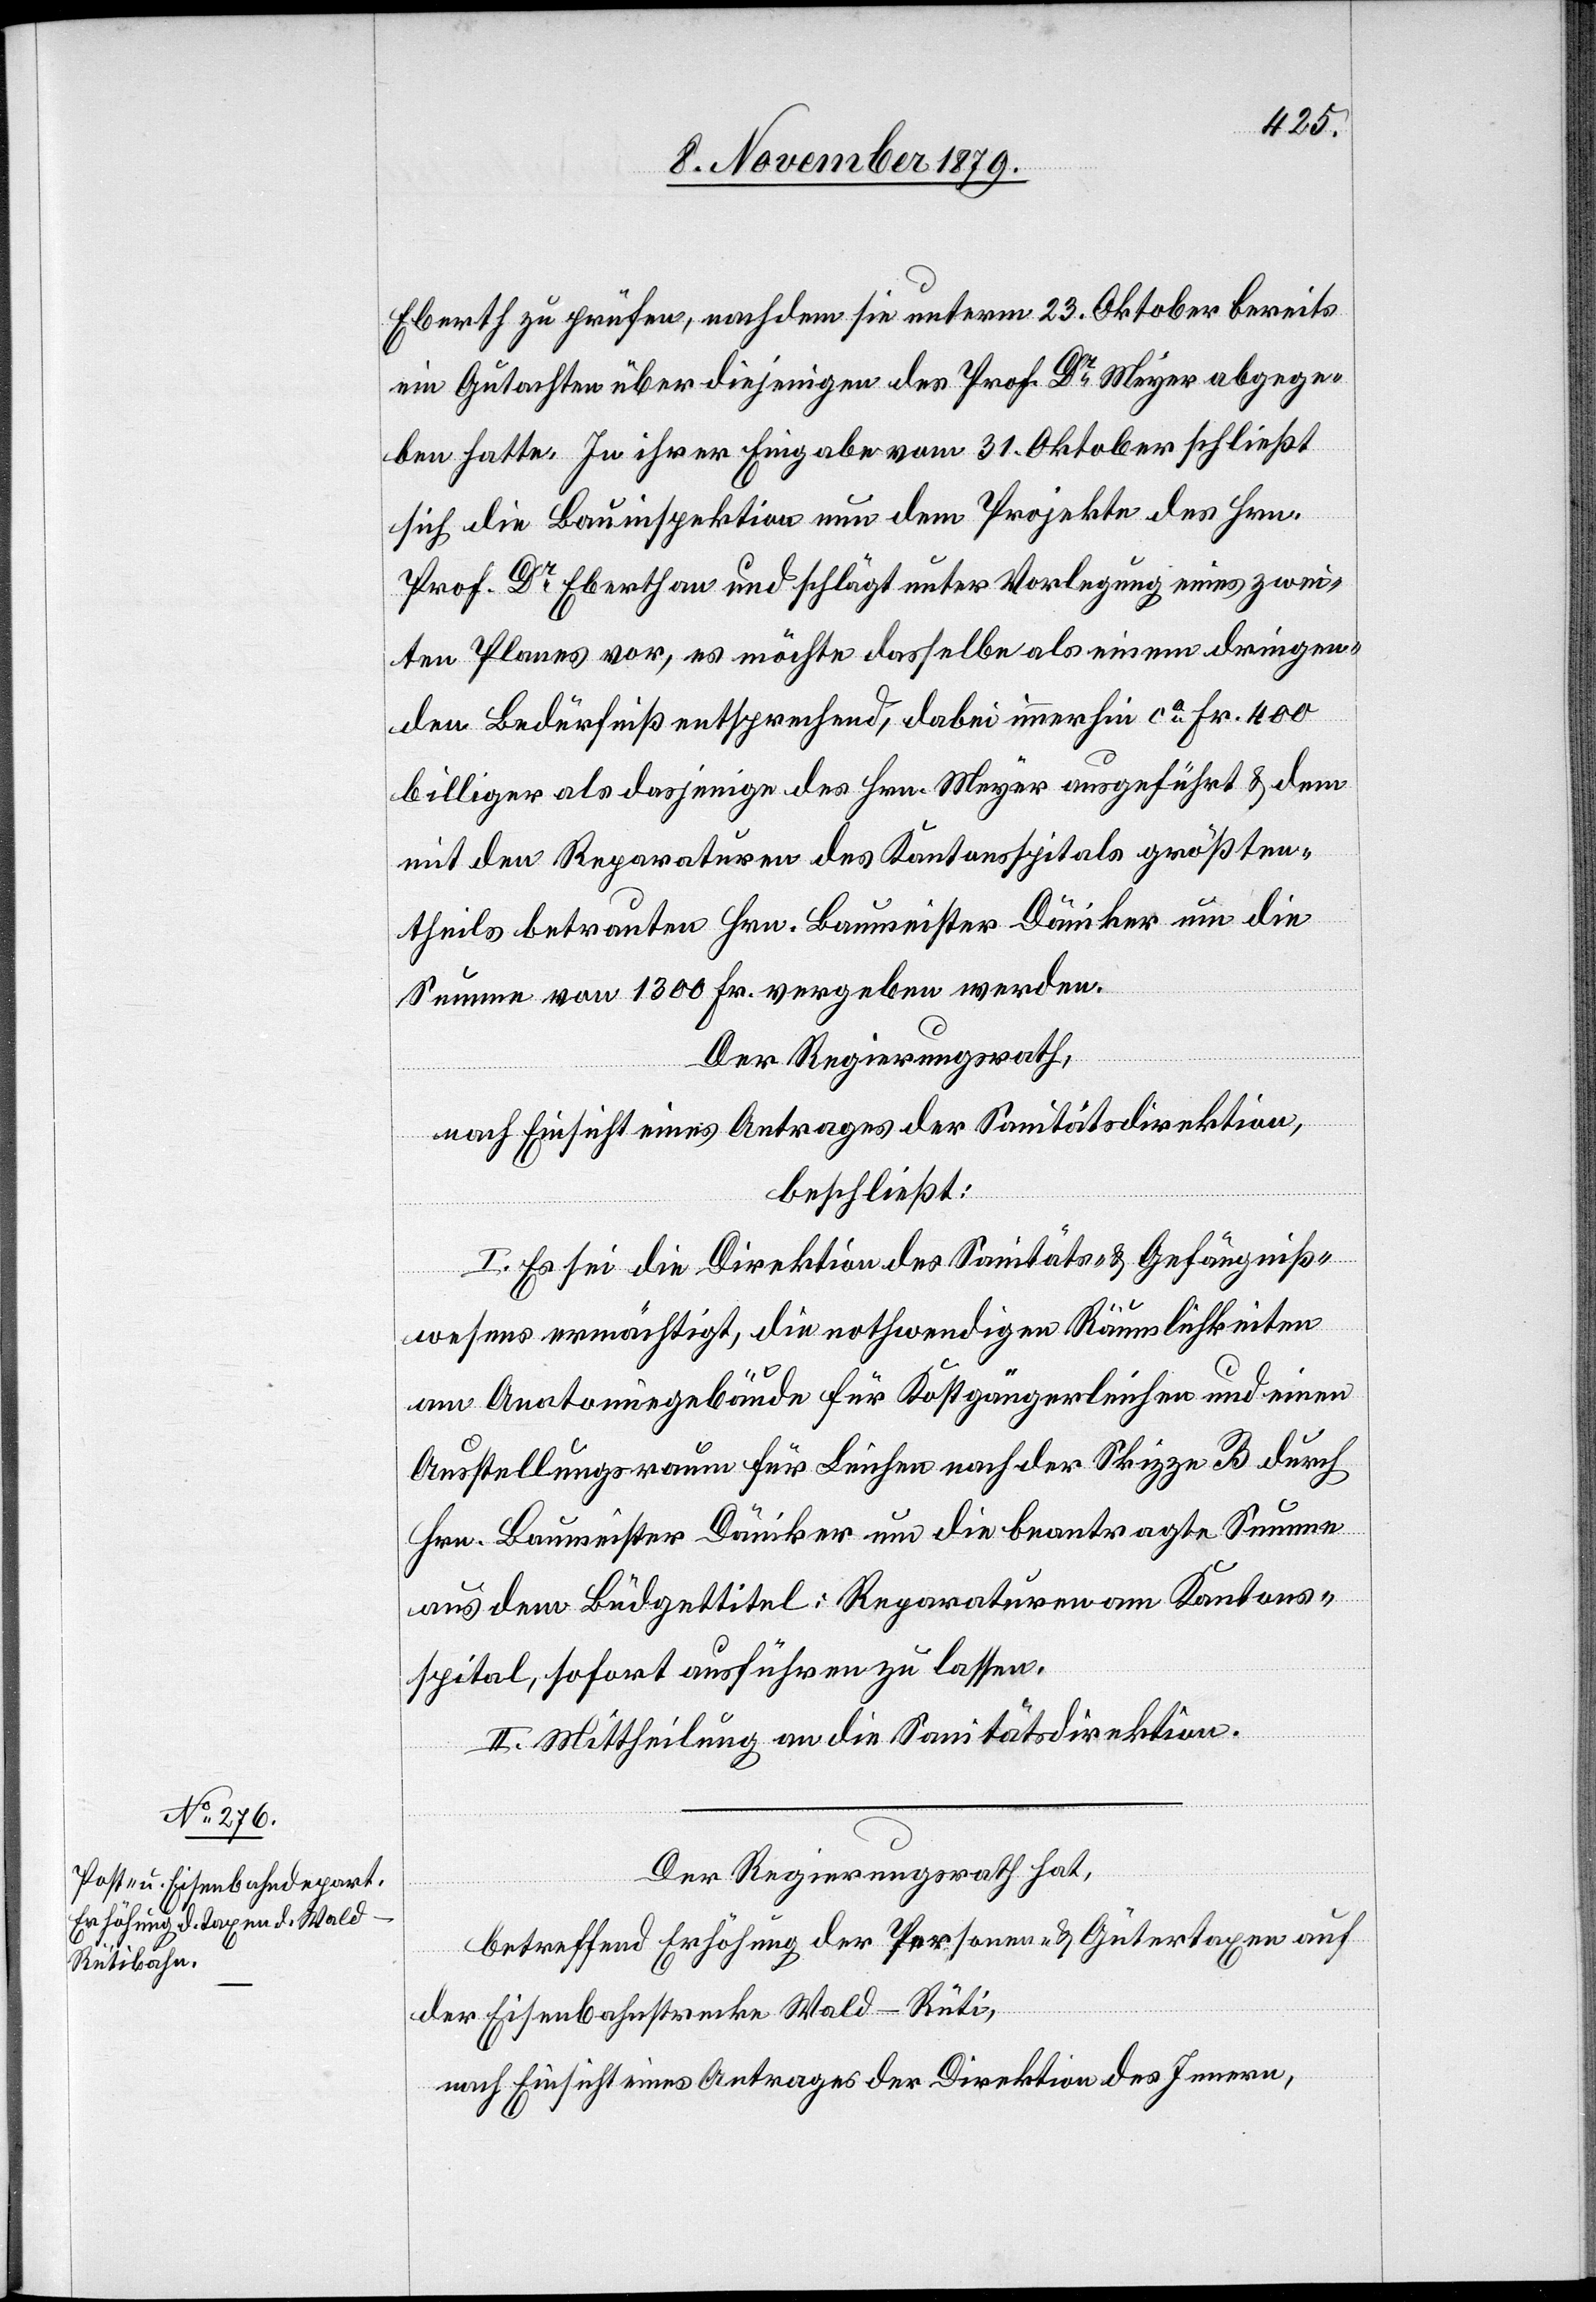
Eberth zu prüfen, nachdem sie unterm 29. Oktober bereits
ein Gutachten über denjenigen des Prof. Dr Meyer abgege¬
ben hatte. In ihrer Eingabe vom 31. Oktober schließt
sich die Bauinspektion nun dem Projekte des Hrn.
Prof. Dr Eberth an und schlägt unter Vorlegung eines zwei¬
ten Planes vor, es möchte dasselbe als einem dringen¬
den Bedürfniß entsprechend, dabei immerhin ca Fr. 400
billiger als dasjenige des Hrn. Meyer ausgeführt & dem
mit den Reparaturen des Kantonsspitals größten¬
theils betrauten Hrn. Baumeister Däniker um die
Summe von 1300 Fr. vergeben werden.
Der Regierungsrath,
nach Einsicht eines Antrages der Sanitätsdirektion,
beschließt:
I. Es sei die Direktion des Sanitäts- & Gefängniß¬
wesens ermächtigt, die nothwendigen Räumlichkeiten
im Anatomiegebäude für Kostgängerleichen und einen
Ausstellungsraum für Leichen nach der Skizze B durch
Hrn. Baumeister Däniker um die beantragte Summe
aus dem Büdgettitel: Reparaturen am Kantons¬
spital, sofort ausführen zu lassen.
II. Mittheilung an die Sanitätsdirektion.
Der Regierungsrath hat,
betreffend Erhöhung der Personen- & Gütertaxen auf
der Eisenbahnstrecke Wald–Rüti,
nach Einsicht eines Antrages der Direktion des Innern,